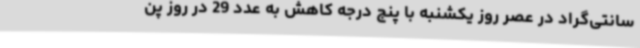
سانتی‌گراد در عصر روز یکشنبه با پنج درجه کاهش به عدد 29 در روز پن